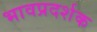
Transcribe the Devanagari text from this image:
भावप्रदर्शक